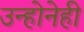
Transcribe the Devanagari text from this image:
उन्होनेही